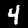
Digit: 4